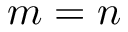
m = n